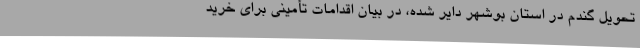
تحویل گندم در استان بوشهر دایر شده، در بیان اقدامات تأمینی برای خرید